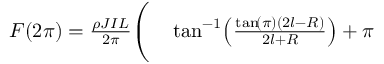
\begin{array} { r l } { F ( 2 \pi ) = \frac { \rho J I L } { 2 \pi } \Bigg ( } & { { } \tan ^ { - 1 } \! \left( \frac { \tan \! \left( \pi \right) \left( 2 l - R \right) } { 2 l + R } \right) + \pi } \end{array}